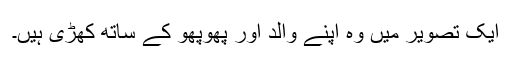
ایک تصویر میں وہ اپنے والد اور پھوپھو کے ساتھ کھڑی ہیں۔